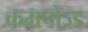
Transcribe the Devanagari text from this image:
कमपोज्ड